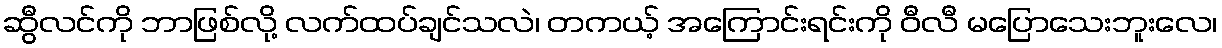
ဆွီလင်ကို ဘာဖြစ်လို့ လက်ထပ်ချင်သလဲ၊ တကယ့် အကြောင်းရင်းကို ဝီလီ မပြောသေးဘူးလေ၊